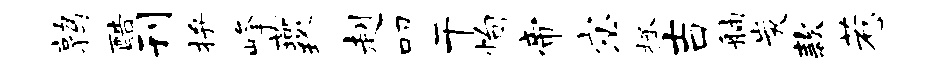
鹑酷刊拚峰燕珍赳叩干恂帝宓拯吉舳炭款惹